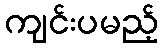
ကျင်းပမည့်